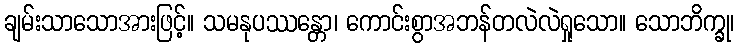
ချမ်းသာသောအားဖြင့်။ သမနုပဿန္တော၊ ကောင်းစွာအဘန်တလဲလဲရှုသော။ သောဘိက္ခု၊